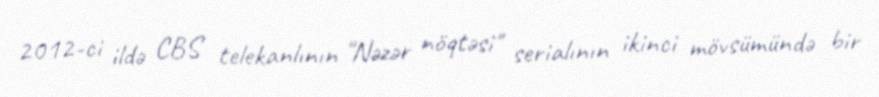
2012-ci ildə CBS telekanlının "Nəzər nöqtəsi" serialının ikinci mövsümündə bir